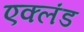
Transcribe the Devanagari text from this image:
एक्लंड